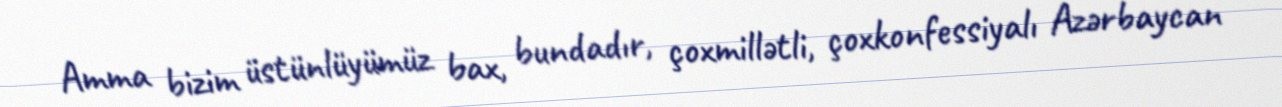
Amma bizim üstünlüyümüz bax, bundadır, çoxmillətli, çoxkonfessiyalı Azərbaycan